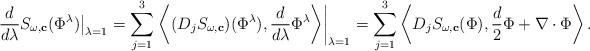
LaTeX: \begin{align*}\frac{d}{d\lambda}S_{\omega,\mathbf{c}}(\Phi^{\lambda})\big|_{\lambda=1}=\sum_{j=1}^3\left.\left\langle (D_jS_{\omega,\mathbf{c}})(\Phi^{\lambda}), \frac{d}{d\lambda}\Phi^{\lambda}\right\rangle\right|_{\lambda =1}=\sum_{j=1}^3\left\langle D_jS_{\omega,\mathbf{c}}(\Phi), \frac{d}{2}\Phi+\nabla \cdot \Phi\right\rangle. \end{align*}